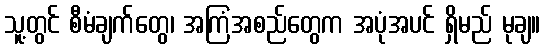
သူ့တွင် စီမံချက်တွေ၊ အကြံအစည်တွေက အပုံအပင် ရှိမည် မုချ။